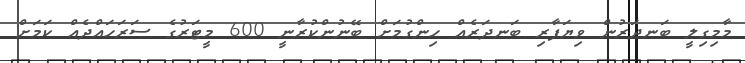
މާމިގިލީ ބަނދަރުން ވިޔަފާރި ބަނދަރެއް ހިންގުމަށް ބޭނުންކުރާނީ 600 މީޓަރުގެ ސަރަހައްދެއް ކަމަށް